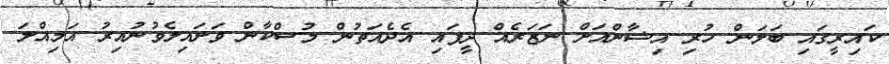
ކައިރީގައި ބަލަން ހުރި އިޝާންއަށް ނަޒަރެއް ދީފައި އެދެއަތުން މުސްކާން ވަށައިލެވުނުއިރު އަމިއްލަ